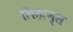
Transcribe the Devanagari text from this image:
लिहान्स